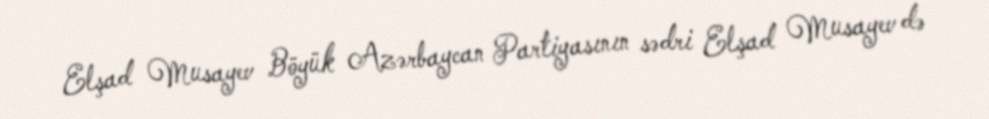
Elşad Musayev Böyük Azərbaycan Partiyasının sədri Elşad Musayev də